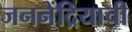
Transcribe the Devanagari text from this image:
जननेंद्रियाची